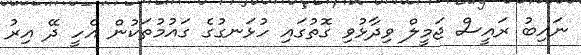
ނައިބު ރައީސް ޖަމީލް ވިދާޅުވި ގޮތުގައި ހުޅަނގުގެ ގައުމުތަކުން އެހީ ދޭ އިރު